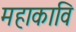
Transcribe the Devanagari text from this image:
महाकावि